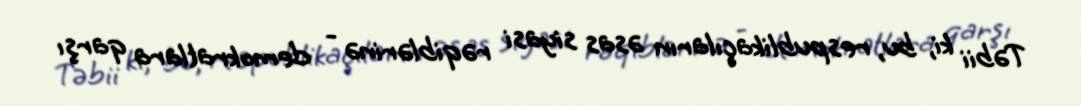
Təbii ki, bu, respublikaçıların əsas siyasi rəqiblərinə - demokratlara qarşı